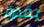
بقدرة